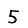
Digit: 5